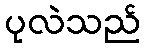
ပုလဲသည်